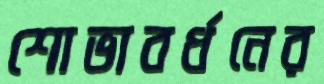
শোভাবর্ধনের